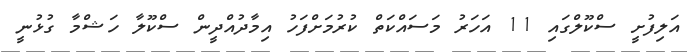
އަލިފުށީ ސްކޫލްގައި 11 އަހަރު މަސައްކަތް ކުރުމަށްފަހު އިމާދުއްދީން ސްކޫލާ ހަޝްމާ ގުޅުނީ